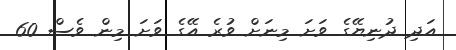
އަދި ދުނިޔޭގެ ވަށަ މިނަށް ވުރެ އޭގެ ވަށަ މިން ވެސް 60